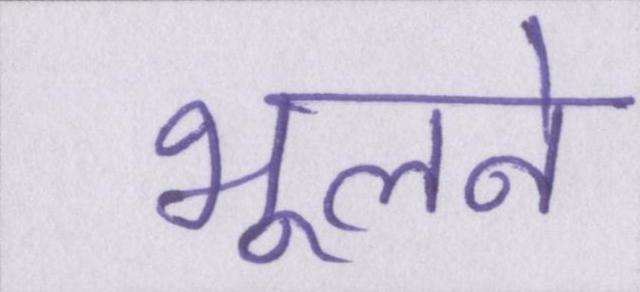
भूलने